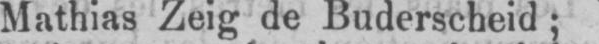
Mathias Zeig de Buderscheid;